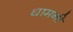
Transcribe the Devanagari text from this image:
धामनी